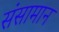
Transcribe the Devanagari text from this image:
संसामान